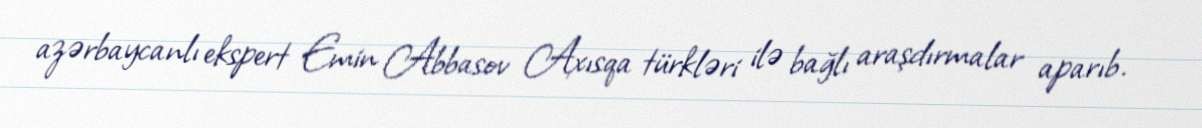
azərbaycanlı ekspert Emin Abbasov Axısqa türkləri ilə bağlı araşdırmalar aparıb.